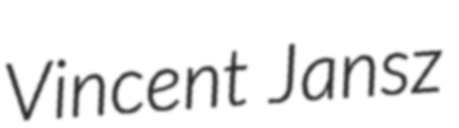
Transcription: Vincent Jansz